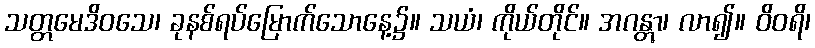
သတ္တမေဒိဝသေ၊ ခုနစ်ရပ်မြောက်သောနေ့၌။ သယံ၊ ကိုယ်တိုင်။ အဂန္တွာ၊ လာ၍။ ဝိဝရိ၊